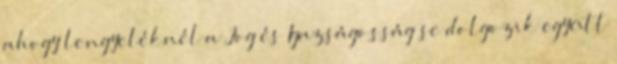
ahogy lengyeléknél a Jog és Igazságosság se dolgozik együtt